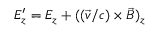
E _ { z } ^ { \prime } = E _ { z } + ( ( \vec { v } / c ) \times \vec { B } ) _ { z }